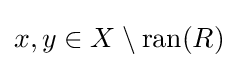
x,y\in X\setminus \operatorname {ran} (R)